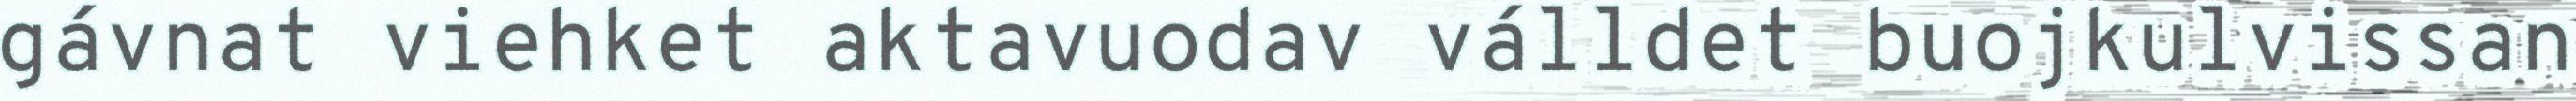
gávnat viehket aktavuodav válldet buojkulvissan